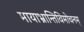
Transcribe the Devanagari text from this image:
मायाभ्रान्तिविमोचनम्